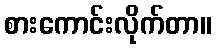
စားကောင်းလိုက်တာ။